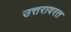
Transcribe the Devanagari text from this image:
उत्तरावरत